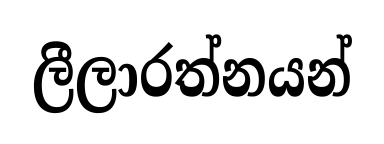
ලීලාරත්නයන්